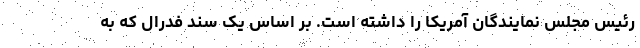
رئیس مجلس نمایندگان آمریکا را داشته است. بر اساس یک سند فدرال که به